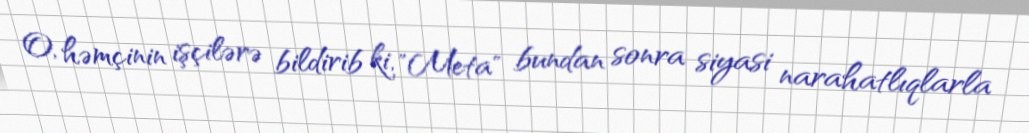
O, həmçinin işçilərə bildirib ki, "Meta" bundan sonra siyasi narahatlıqlarla